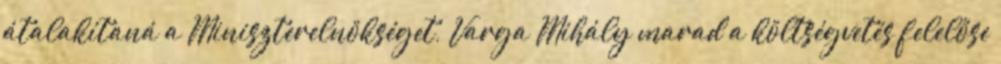
átalakítaná a Miniszterelnökséget, Varga Mihály marad a költségvetés felelőse